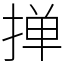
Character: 掸